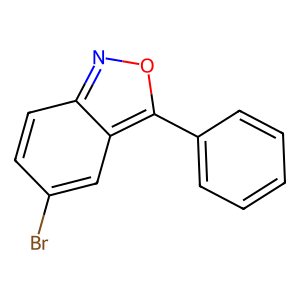
SMILES: Brc1ccc2noc(-c3ccccc3)c2c1
Inhibits HIV replication: No